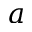
a